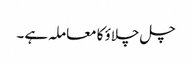
چل چلاؤ کا معاملہ ہے ۔